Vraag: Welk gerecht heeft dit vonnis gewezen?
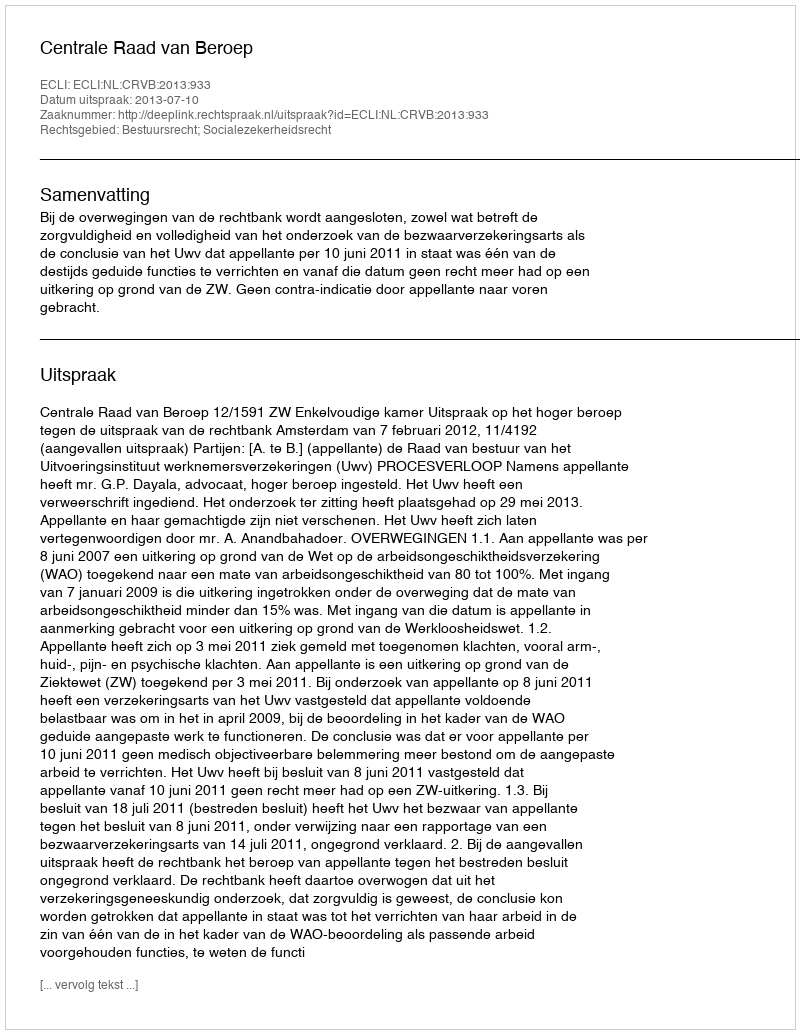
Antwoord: Centrale Raad van Beroep